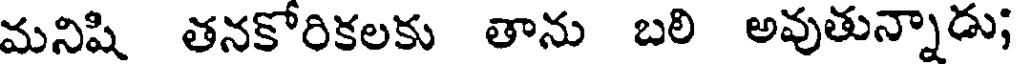
మనిషి తనకోరికలకు తాను బలి అవుతున్నాడు;